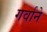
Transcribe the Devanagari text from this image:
गर्वाने